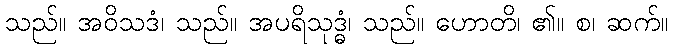
သည်။ အဝိသဒံ၊ သည်။ အပရိသုဒ္ဓံ၊ သည်။ ဟောတိ၊ ၏။ စ၊ ဆက်။